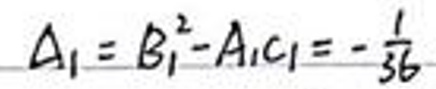
$A _ { 1 } = B _ { 1 } ^ { 2 } - A _ { 1 } C _ { 1 } = - \frac { 1 } { 3 6 }$